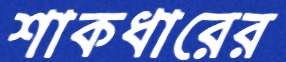
শাকধারের